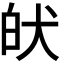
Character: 𤝡